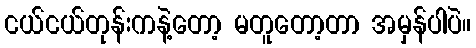
ငယ်ငယ်တုန်းကနဲ့တော့ မတူတော့တာ အမှန်ပါပဲ။